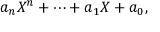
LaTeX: a _ { n } X ^ { n } + \dotsb + a _ { 1 } X + a _ { 0 } ,